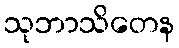
သုဘာသိတေန